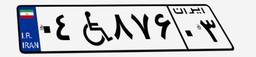
۰۴W۸۷۶۰۳